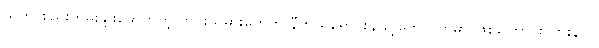
သူက စည်းကမ်းချိုးဖောက်တဲ့ တွင်းသမားတွေကို နီကယ်ရောင်းချခွင့်တွေ ပိတ်မှာ ဖြစ်ကြောင်း၊ ဘိုးနာဂ